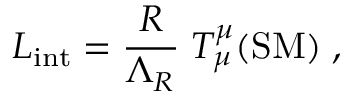
{ \cal L } _ { \mathrm { i n t } } = \frac { R } { \Lambda _ { R } } \; T _ { \mu } ^ { \mu } ( \mathrm { S M } ) \; ,